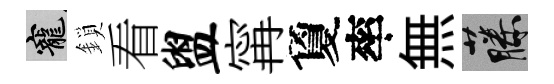
寵鎖看盥𡩋夐率無藤